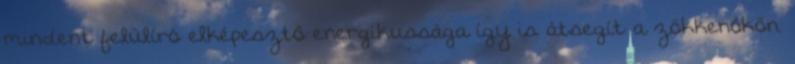
mindent felülíró elképesztő energikussága így is átsegít a zökkenőkön.